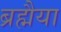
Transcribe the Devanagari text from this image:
ब्रह्मैया